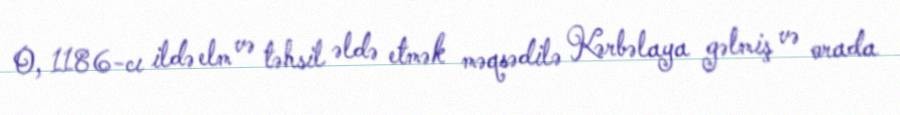
O, 1186-cı ildə elm və təhsil əldə etmək məqsədilə Kərbəlaya gəlmiş və orada